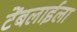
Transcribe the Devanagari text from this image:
टेंबलाईला